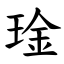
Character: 琻